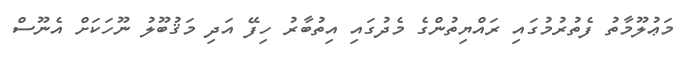
މަޢުލޫމާތު ފެތުރުމުގައި ރައްޔިތުންގެ މެދުގައި އިތުބާރު ހިފޭ އަދި މަޤުބޫލު ނޫހަކަށް އެނޫސް